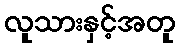
လူသားနှင့်အတူ